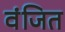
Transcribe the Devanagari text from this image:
वंजित